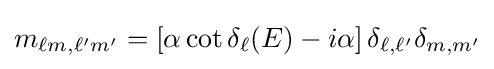
m_{\ell m,\ell 'm'}=\left[\alpha \cot \delta _{\ell }(E)-i\alpha \right]\delta _{\ell ,\ell '}\delta _{m,m'}